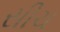
સીચ